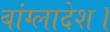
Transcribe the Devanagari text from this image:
बांग्‍लादेश।